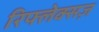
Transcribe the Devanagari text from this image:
रिफ्लेक्सज़